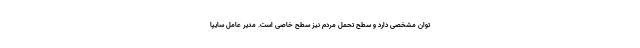
توان مشخصی دارد و سطح تحمل مردم نیز سطح خاصی است. مدیر عامل سایپا